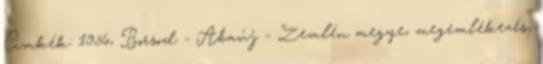
Címkék: 1956, Borsod - Abaúj - Zemlén megye, megemlékezés,